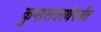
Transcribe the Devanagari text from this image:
कुमारावस्थेपर्यंत